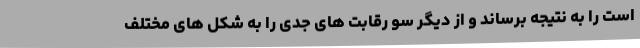
است را به نتیجه برساند و از دیگر سو رقابت های جدی را به شکل های مختلف